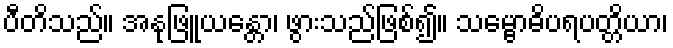
ပီတိသည်။ အနုဖြူယန္တော၊ ဖွားသည်ဖြစ်၍။ သမ္ဗောဓိပရပတ္တိယာ၊